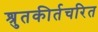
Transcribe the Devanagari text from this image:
श्रुतकीर्तचरित